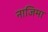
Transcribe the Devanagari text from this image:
नाजिमा